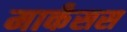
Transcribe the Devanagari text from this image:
मार्कंसस